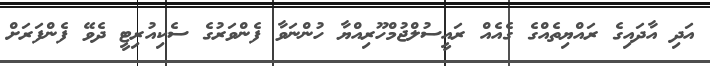
އަދި އާދައިގެ ރައްޔިތެއްގެ ގެއެއް ރައީސުލްޖުމްހޫރިއްޔާ ހުންނަވާ ފެންވަރުގެ ސެކިއުރިޓީ ދެވޭ ފެންފަރަށް